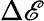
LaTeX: \Delta\mathscr{E}